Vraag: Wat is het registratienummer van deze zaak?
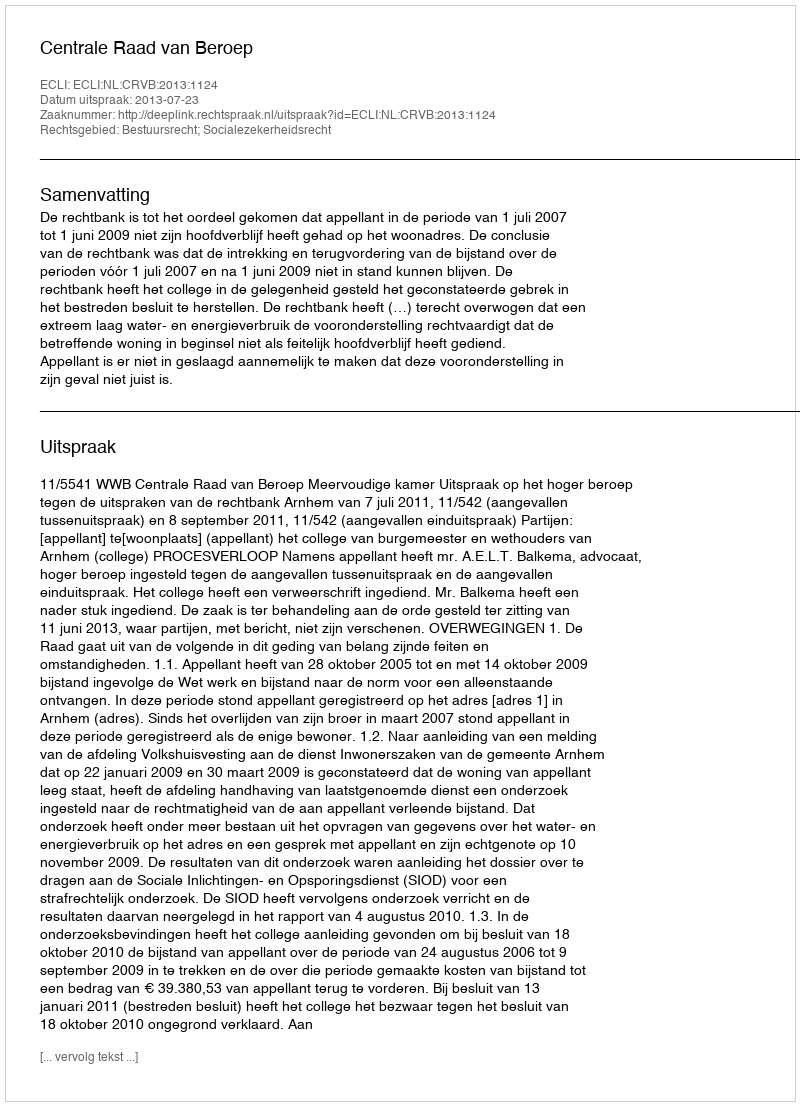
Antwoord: http://deeplink.rechtspraak.nl/uitspraak?id=ECLI:NL:CRVB:2013:1124